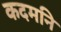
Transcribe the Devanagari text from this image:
कदमनि